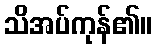
သိအပ်ကုန်၏။